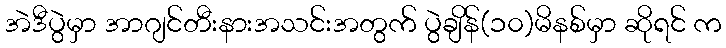
အဲဒီပွဲမှာ အာဂျင်တီးနားအသင်းအတွက် ပွဲချိန်(၁၀)မိနစ်မှာ ဆိုရင် က